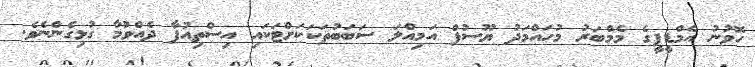
ހޮވުނު އެމްޑީޕީގެ މެމްބަރު މުހައްމަދު ޔޫސުފް އަމިއްލަ ސަބަބުތަކަކަށްޓަކައި އިސްތިއުފާ ދެއްވުމާ ގުޅިގެންނެވެ.